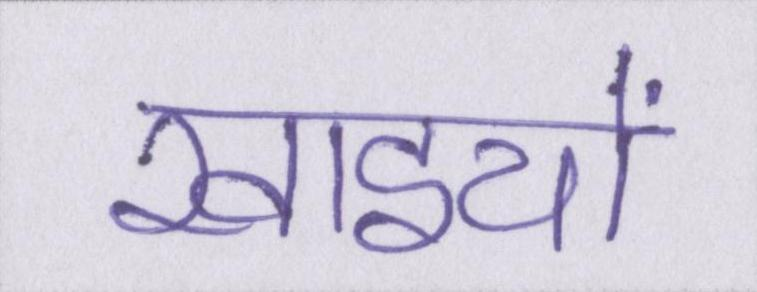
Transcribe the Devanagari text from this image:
खाइयों